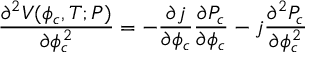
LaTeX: { \frac { \partial ^ { 2 } V ( \phi _ { c } , T ; P ) } { \partial \phi _ { c } ^ { 2 } } } = - { \frac { \partial j } { \partial \phi _ { c } } } { \frac { \partial P _ { c } } { \partial \phi _ { c } } } - j { \frac { \partial ^ { 2 } P _ { c } } { \partial \phi _ { c } ^ { 2 } } }